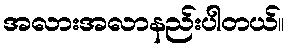
အလားအလာနည်းပါတယ်။